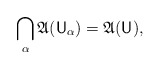
\begin{align*} \bigcap_\alpha \mathfrak A(\mathsf U_\alpha) = \mathfrak A(\mathsf U), \end{align*}